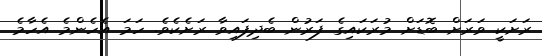
ރަށަކީ ވަރަށް ބޮޑަށް މުރަކައިގެ ފަރުން ބެދިފައިވާ ރަށެކެވެ. ހަމަ އެހެންމެ އެހާމެ